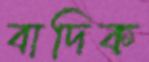
বাদিক